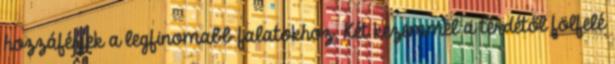
hozzáférjek a legfinomabb falatokhoz. Két kezemmel a térdétől fölfelé